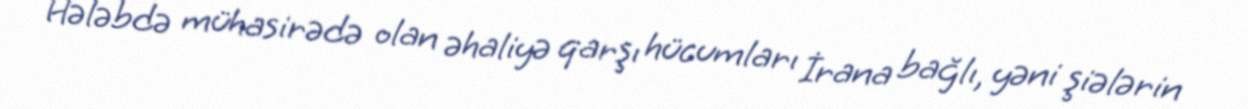
Hələbdə mühasirədə olan əhaliyə qarşı hücumları İrana bağlı, yəni şiələrin